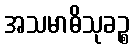
အသမာဓိသုခဉ္စ